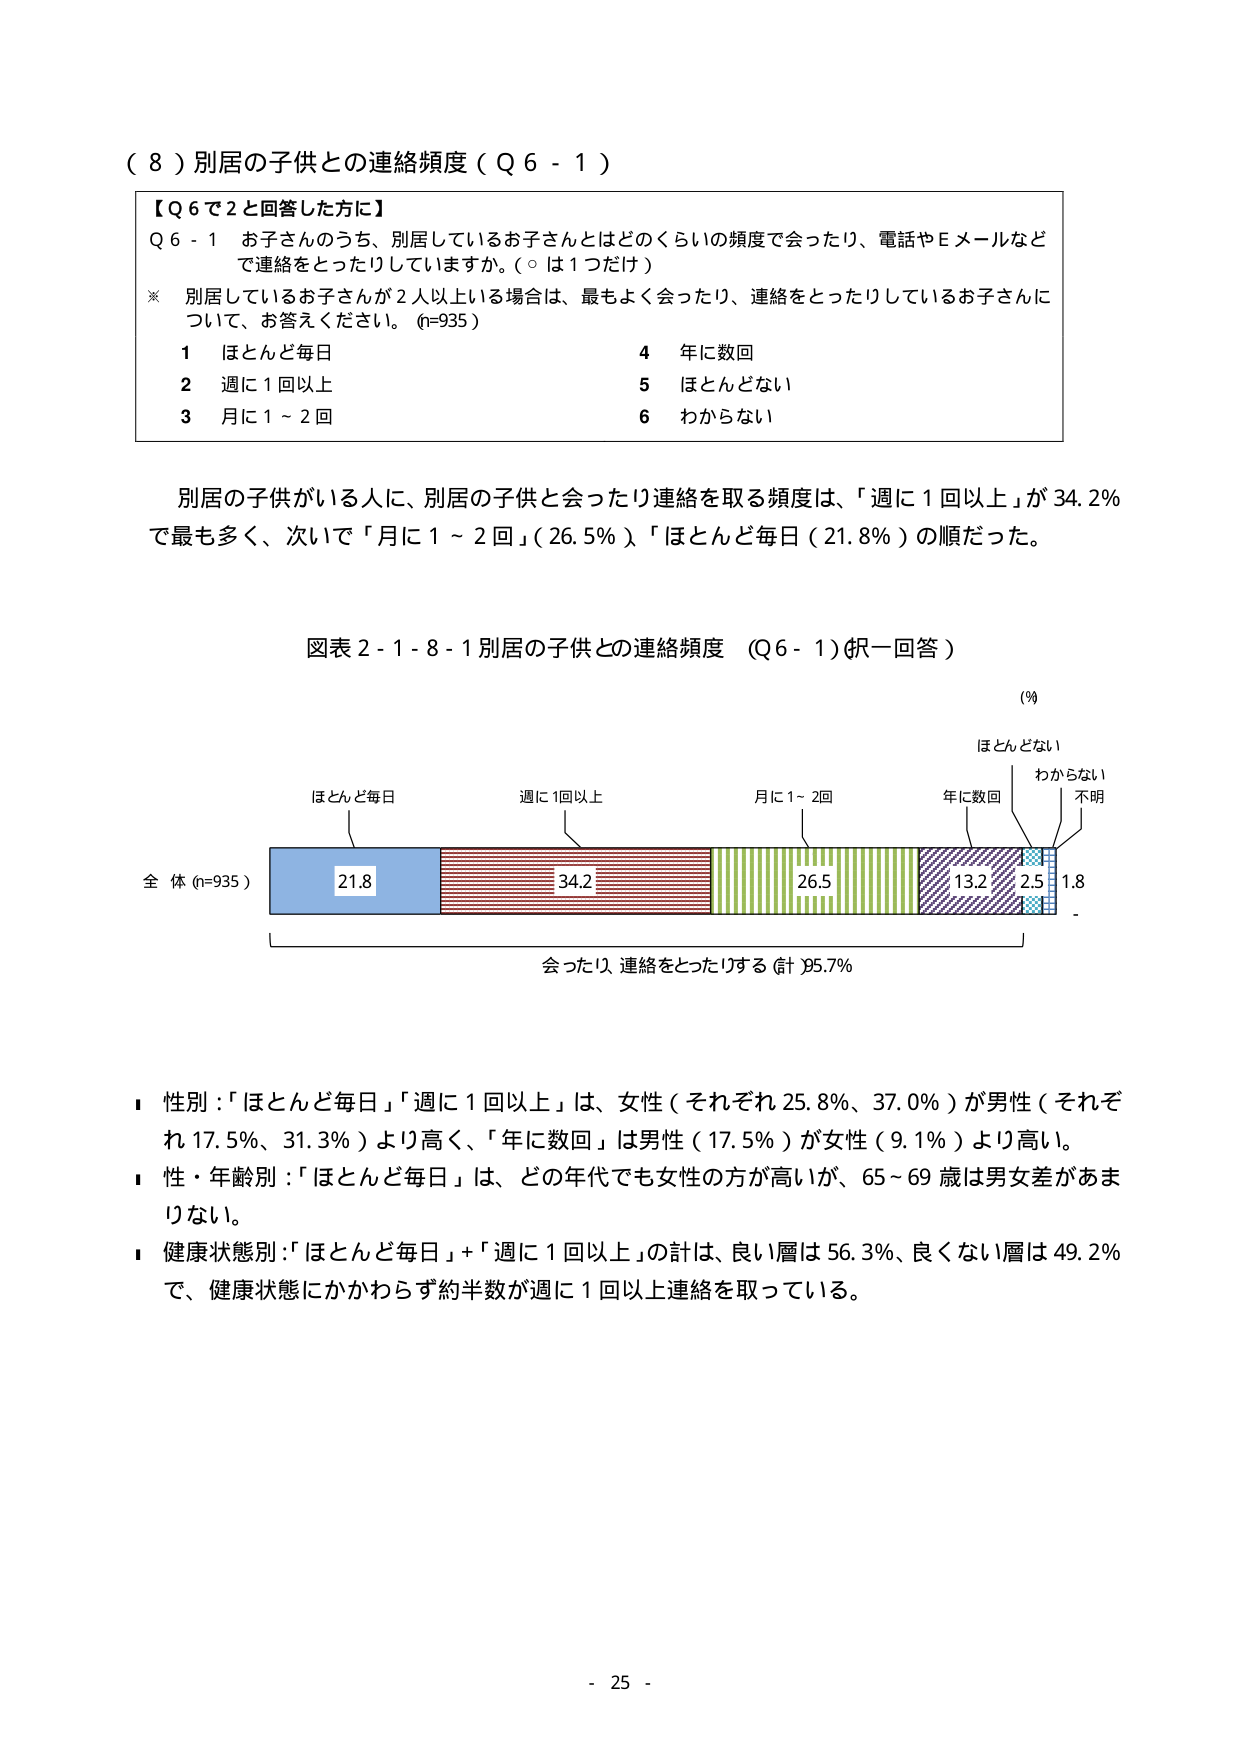
（８）別居の子供との連絡頻度（Ｑ６－１）

【Ｑ６で２と回答した方に】
Ｑ６－１ お子さんのうち、別居しているお子さんとはどのくらいの頻度で会ったり、電話やＥメールなど
で連絡をとったりしていますか。（○は１つだけ）
※ 別居しているお子さんが２人以上いる場合は、最もよく会ったり、連絡をとったりしているお子さんに
ついて、お答えください。（n=935）
１ ほとんど毎日　　　　　　　　　　　４ 年に数回
２ 週に１回以上　　　　　　　　　　　５ ほとんどない
３ 月に１～２回　　　　　　　　　　　６ わからない

別居の子供がいる人に、別居の子供と会ったり連絡を取る頻度は、「週に１回以上」が34.2％
で最も多く、次いで「月に１～２回」（26.5％）、「ほとんど毎日（21.8％）」の順だった。

図表２－１－８－１ 別居の子供との連絡頻度 （Ｑ６－１）（択一回答）

（％）